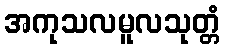
အကုသလမူလသုတ္တံ